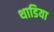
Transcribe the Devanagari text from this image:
थाडिया